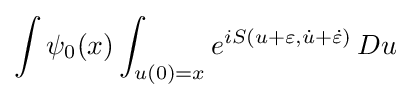
\int \psi _{0}(x)\int _{u(0)=x}e^{iS(u+\varepsilon ,{\dot {u}}+{\dot {\varepsilon }})}\,Du